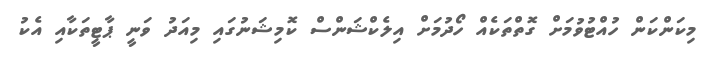
މިކަންކަން ހުއްޓުވުމަށް ގޮތްތަކެއް ހޯދުމަށް އިލެކްޝަންސް ކޮމިޝަނުގައި މިއަދު ވަނީ ޕާޓީތަކާއި އެކު